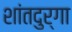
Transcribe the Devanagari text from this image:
शांतदुर्गा